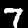
Digit: 7